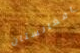
افغانستان